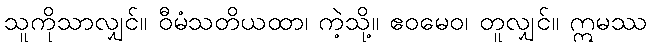
သူကိုသာလျှင်။ ဝီမံသတိယထာ၊ ကဲ့သို့။ ဧဝမေဝ၊ တူလျှင်။ ဣမဿ